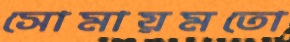
সোমায়মতো